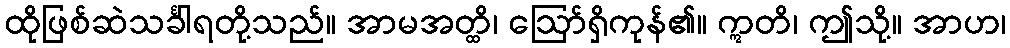
ထိုဖြစ်ဆဲသင်္ခါရတို့သည်။ အာမအတ္ထိ၊ ဩော်ရှိကုန်၏။ ဣတိ၊ ဤသို့။ အာဟ၊